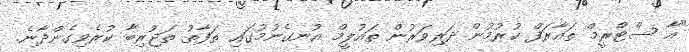
"އާ ސްޓްރީމް ތައާރަފް ކުރުމުން ދަރިވަރުން ތައުލީމް އުނގެނުމުގައި ތަފާތު ތަޖުރިބާ ކުރެވިގެންދާނެ.